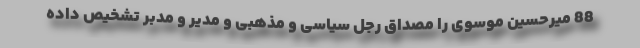
88 میر‌حسین موسوی را مصداق رجل سیاسی و مذهبی و مدیر و مدبر تشخیص داده